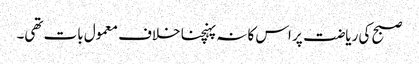
صبح کی ریاضت پر اس کا نہ پہنچنا خلاف معمول بات تھی۔